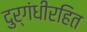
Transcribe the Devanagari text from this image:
दुर्गंधीरहित